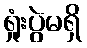
ရှုံးပွဲမရှိ